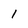
Character: 1